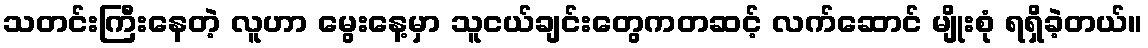
သတင်းကြီးနေတဲ့ လူဟာ မွေးနေ့မှာ သူငယ်ချင်းတွေကတဆင့် လက်ဆောင် မျိုးစုံ ရရှိခဲ့တယ်။